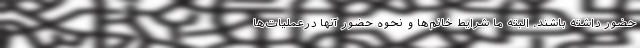
حضور داشته باشند. البته ما شرایط خانم‌ها و نحوه حضور آنها درعملیات‌ها